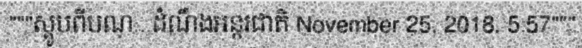
"""ស្គូបពីបណ្...ដំណឹងអន្តរជាតិ November 25, 2018, 5:57"""